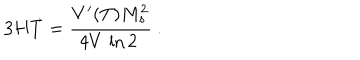
3 H \dot { T } = { \frac { V ^ { \prime } ( T ) M _ { s } ^ { 2 } } { 4 V \, \ln 2 \ } } \ .